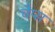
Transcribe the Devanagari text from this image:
चैप्स